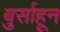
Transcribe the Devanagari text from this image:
बुर्साहून